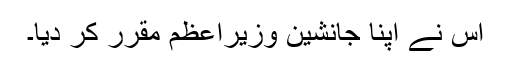
اس نے اپنا جانشین وزیراعظم مقرر کر دیا۔